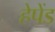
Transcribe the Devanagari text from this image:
हेपेंड